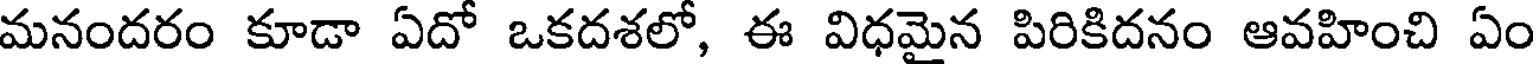
మనందరం కూడా ఏదో ఒకదశలో, ఈ విధమైన పిరికిదనం ఆవహించి ఏం